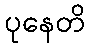
ပုနေတိ